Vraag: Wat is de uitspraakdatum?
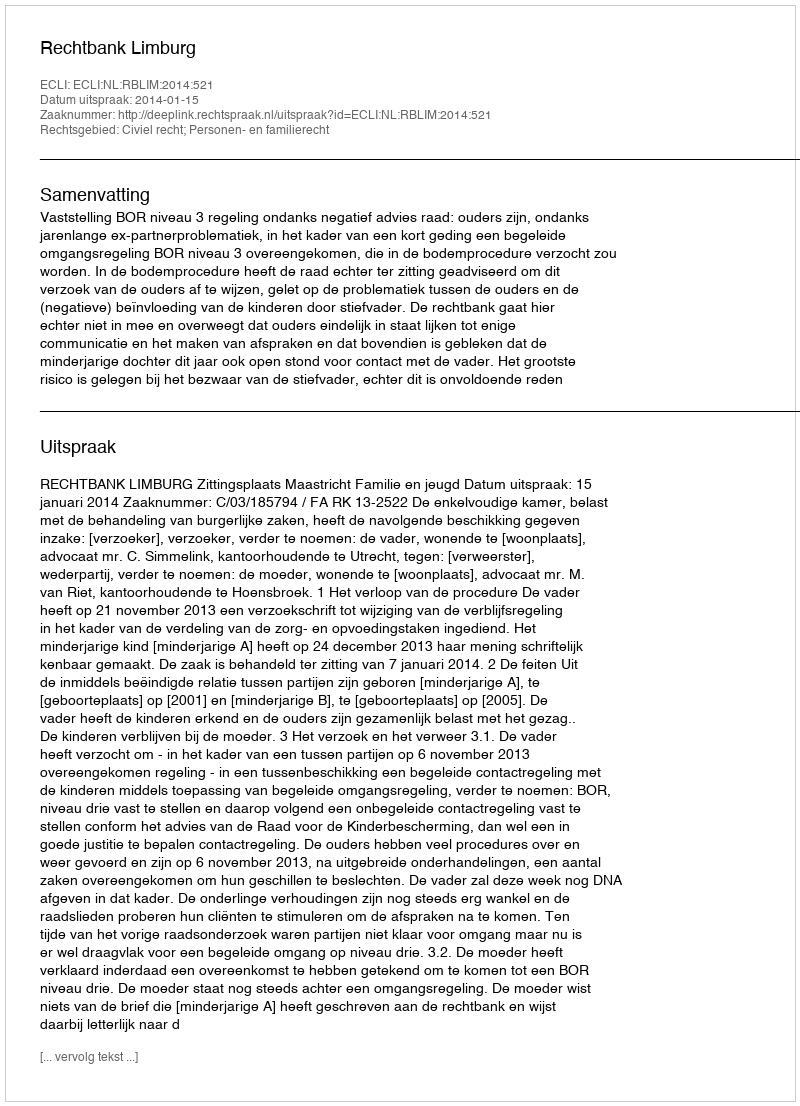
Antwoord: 2014-01-15